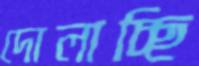
দোলাচ্ছি